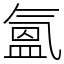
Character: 氳